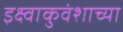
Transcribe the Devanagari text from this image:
इक्ष्वाकुवंशाच्या